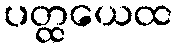
ပတ္ထယေထ